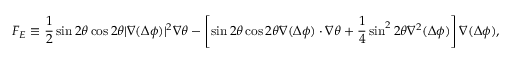
\boldsymbol { F } _ { E } \equiv \frac { 1 } { 2 } \sin 2 \theta \cos 2 \theta | \boldsymbol { \nabla } ( \Delta \phi ) | ^ { 2 } \boldsymbol { \nabla } \theta - \left[ \sin 2 \theta \cos 2 \theta \boldsymbol { \nabla } ( \Delta \phi ) \cdot \boldsymbol { \nabla } \theta + \frac 1 4 \sin ^ { 2 } 2 \theta \nabla ^ { 2 } ( \Delta \phi ) \right] \boldsymbol { \nabla } ( \Delta \phi ) ,